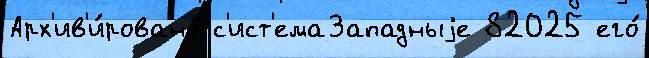
Арх'ив'и́ровано с'ист'емаЗападныjе 82025 его́